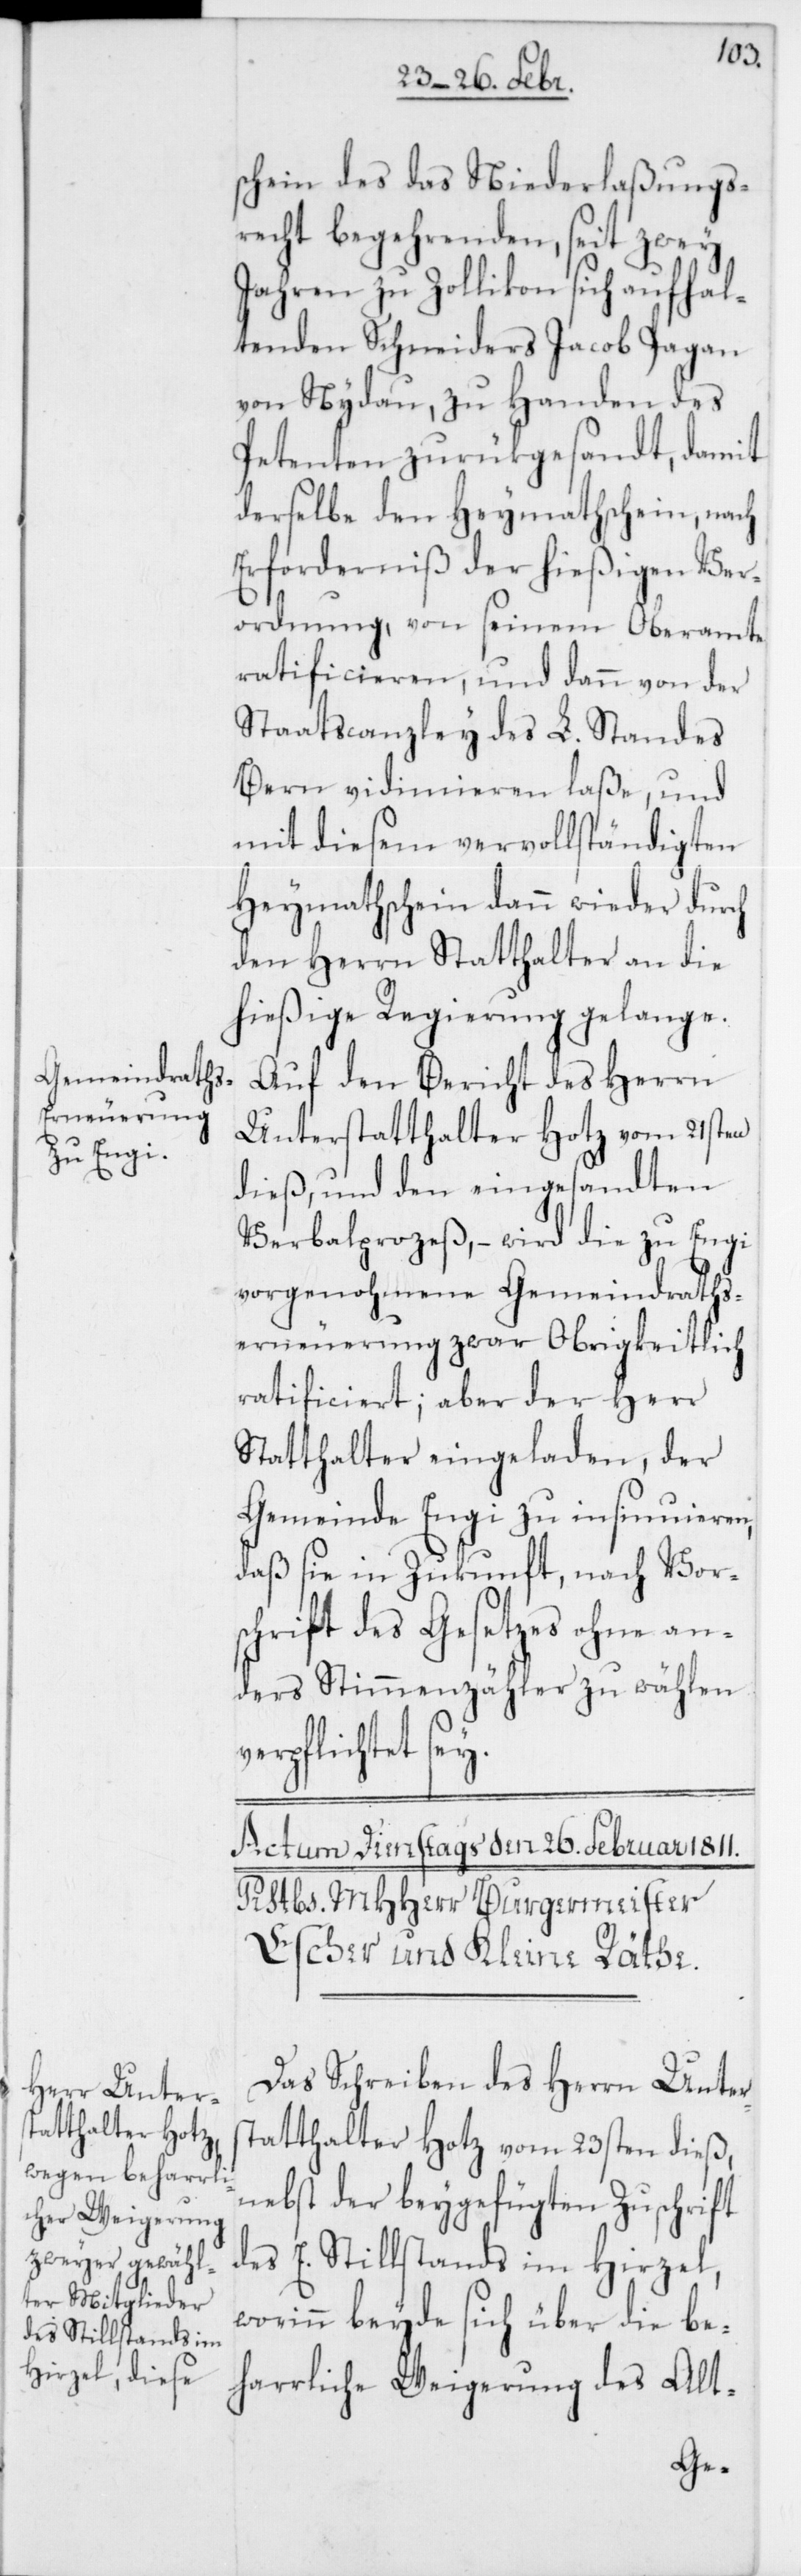
schein des das Niederlaßungs¬
recht begehrenden, seit zwey
Jahren zu Zollikon sich aufhal¬
tenden Schneiders Jacob Pagan
von Nydau, zu Handen des
Petenten zurükgesandt, damit
derselbe den Heymathschein, nach
Erforderniß der hießigen Ver¬
ordnung, von seinem Oberamte
ratificieren, und dann von der
Staatscanzley des L. Standes
Bern vidimieren laße, und
mit diesem vervollständigten
Heymathschein dann wieder durch
den Herrn Statthalter an die
hießige Regierung gelange.
Auf den Bericht des Herrn
Unterstatthalter Hotz vom 21sten
harrli¬
dieß, und den eingesandten
Verbalprozeß, – wird die zu Engi
vorgenohmene Gemeindraths¬
erneuerung zwar Obrigkeitlich
ratificiert, aber der Herr
Statthalter eingeladen, der
Gemeinde Engi zu insinuieren,
daß sie in Zukunft nach Vors¬
chrift des Gesetzes ohne an¬
ders Stimmenzähler zu wählen
verpflichtet sey.
Das Schreiben des Herrn Unter¬
statthalter Hotz vom 23sten dieß,
nebst der beygefügten Zuschrift
che Weigerung
des E. Stillstands im Hirzel,
worinn beyde sich über die be¬